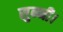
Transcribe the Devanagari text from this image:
सुन्नी।